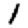
Digit: 1